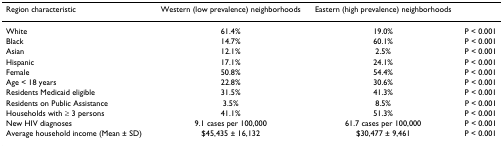
<table><thead><tr><td><b>Region characteristic</b></td><td><b>Western (low prevalence) neighborhoods</b></td><td><b>Eastern (high prevalence) neighborhoods</b></td><td></td></tr></thead><tbody><tr><td>White</td><td>61.4%</td><td>19.0%</td><td>P &lt; 0.001</td></tr><tr><td>Black</td><td>14.7%</td><td>60.1%</td><td>P &lt; 0.001</td></tr><tr><td>Asian</td><td>12.1%</td><td>2.5%</td><td>P &lt; 0.001</td></tr><tr><td>Hispanic</td><td>17.1%</td><td>24.1%</td><td>P &lt; 0.001</td></tr><tr><td>Female</td><td>50.8%</td><td>54.4%</td><td>P &lt; 0.001</td></tr><tr><td>Age &lt; 18 years</td><td>22.8%</td><td>30.6%</td><td>P &lt; 0.001</td></tr><tr><td>Residents Medicaid eligible</td><td>31.5%</td><td>41.3%</td><td>P &lt; 0.001</td></tr><tr><td>Residents on Public Assistance</td><td>3.5%</td><td>8.5%</td><td>P &lt; 0.001</td></tr><tr><td>Households with ≥ 3 persons</td><td>41.1%</td><td>51.3%</td><td>P &lt; 0.001</td></tr><tr><td>New HIV diagnoses</td><td>9.1 cases per 100,000</td><td>61.7 cases per 100,000</td><td>P &lt; 0.001</td></tr><tr><td>Average household income (Mean ± SD)</td><td>$45,435 ± 16,132</td><td>$30,477 ± 9,461</td><td>P &lt; 0.001</td></tr></tbody></table>